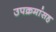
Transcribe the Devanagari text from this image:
उपक्रमांसह